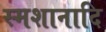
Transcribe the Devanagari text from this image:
स्मशानादि